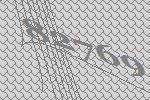
82769